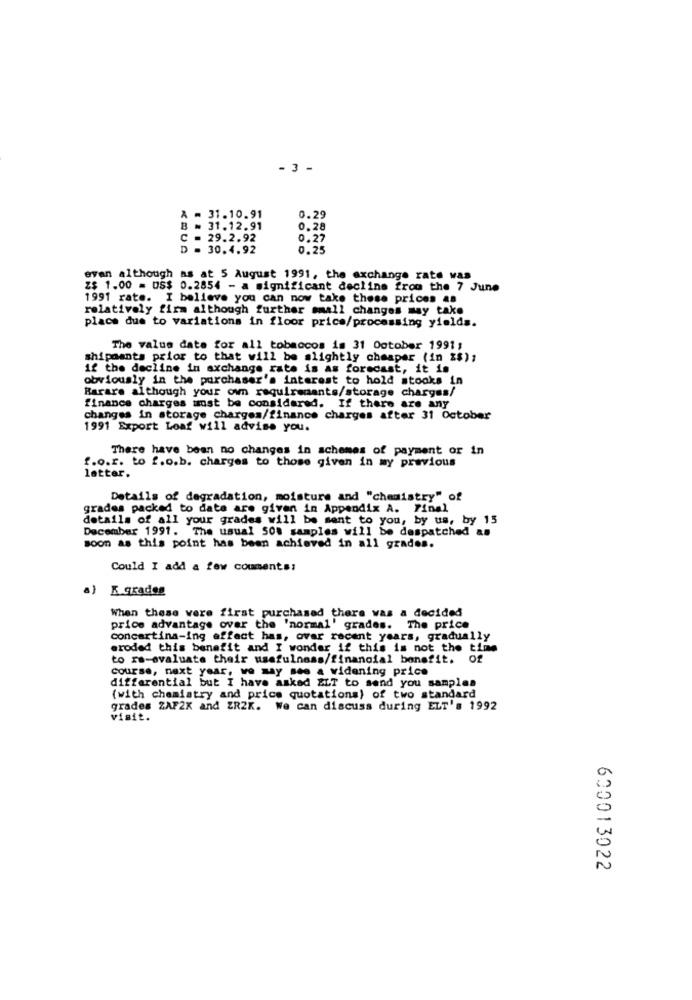
- 3 -
0.29
= 31.10.91
= 31.12.91
0.28
C
29.2.92
0.27
. 30.4.92
0.25
evan although as at 5 August 1991, the exchange rate was
Z$ 1.00 = US$ 0.2854 - a significant decline from the 7 June
1991 rate. I believe you can now take these prices 4s
relatively firm although further small changes may take
place due to variations in floor price/processing yields.
The value date for all tobaccos is 31 October 1991;
shipments prior to that will be slightly cheaper (in %$),
if the decline in exchange rate is as forecast, it is
obviously in the purchaser's interest to hold stocks in
Rarare although your own requirenants/storage charges/
finance charges must be considered. If there are any
changes in storage charges/finance charges after 31 October
1991 Export Loaf will advise you.
There have been no changes in schemes of payment or in
f.o.r. to f.o.b. charges to those given in my previous
letter.
Details of degradation, moisture and "chemistry" of
grades packed to date are given in Appendix A. Final
details of all your grades will be sent to you, by us, by 15
December 1991. The usual 508 samples will be despatched as
soon as this point has been achieved in all grades.
Could I add a few couments:
a) K.grades
When these were first purchased there was a decided
price advantage over the 'normal' grades. The price
concertina-ing affect has, ovar recent years, gradually
eroded this benefit and I wonder if this is not the time
to re-evaluate their usefulness/financial benefit. Of
course, next year, we may see a widening price
differential but I have asked &LT to send you samples
(with chemistry and price quotations) of two standard
grades ZAF2K and ZR2K. We can discuss during ELT's 1992
visit.
600013022